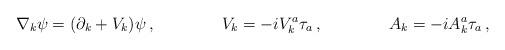
LaTeX: \begin{align*}\nabla_k\psi =(\partial_k+V_k)\psi\:,\qquad\qquad V_k=-iV_k^a\tau_a\:,\qquad\qquad A_k=-iA_k^a\tau_a\:,\end{align*}